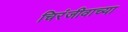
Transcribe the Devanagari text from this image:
चिरंजीवाच्या